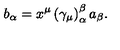
b _ { \alpha } = x ^ { \mu } \left( \gamma _ { \mu } \right) _ { \alpha } ^ { \beta } a _ { \beta } .